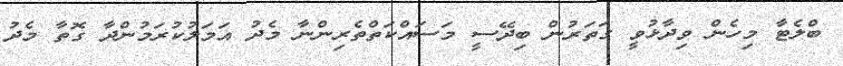
ބްލެޓާ މިހެން ވިދާޅުވީ ގަަތަރުން ބިދޭސީ މަސައްކަތްތެރިންނާ މެދު އަމަލުކުރަމުންދާ ގޮތާ މެދު